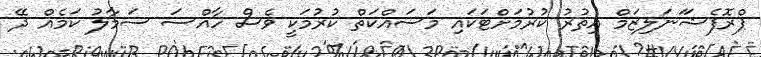
ޕްރޮފެޝަަނަލިޒަމް އިތުރު ކުރުމަށްޓަކައި މަސައްކަތް ކުރުމަކީ ވެސް ހާއްސަ ސަމާލު ކަމެއް ދޭ